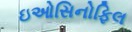
ઇઓસિનોફિલ